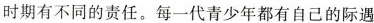
时期有不同的责任。每一代青少年都有自己的际遇